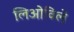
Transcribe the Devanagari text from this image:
लिओविले